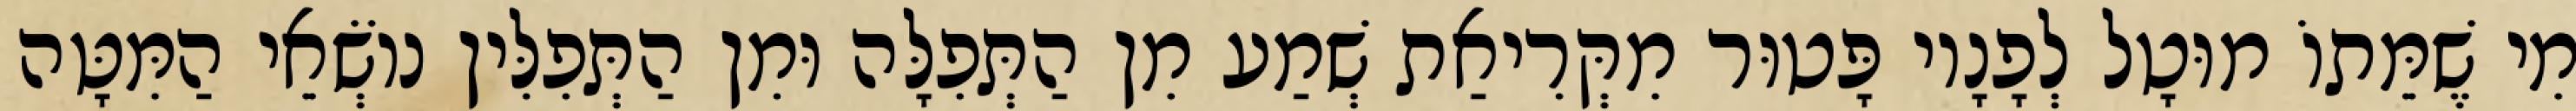
מִי שֶׁמֵּתוֹ מוּטָל לְפָנָיו פָּטוּר מִקְּרִיאַת שְׁמַע מִן הַתְּפִלָּה וּמִן הַתְּפִלִּין נוֹשְׂאֵי הַמִּטָּה